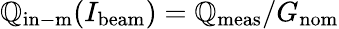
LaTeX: \mathbb{Q}_{\mathrm{{in-m}}}(I_{\mathrm{{beam}}})=\mathbb{Q}_{\mathrm{{meas}}}/G_{\mathrm{{nom}}}